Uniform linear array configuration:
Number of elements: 16
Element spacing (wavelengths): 0.75
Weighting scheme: cosine
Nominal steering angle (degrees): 0
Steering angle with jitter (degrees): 0.8503
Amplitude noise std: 0.05
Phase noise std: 0.05

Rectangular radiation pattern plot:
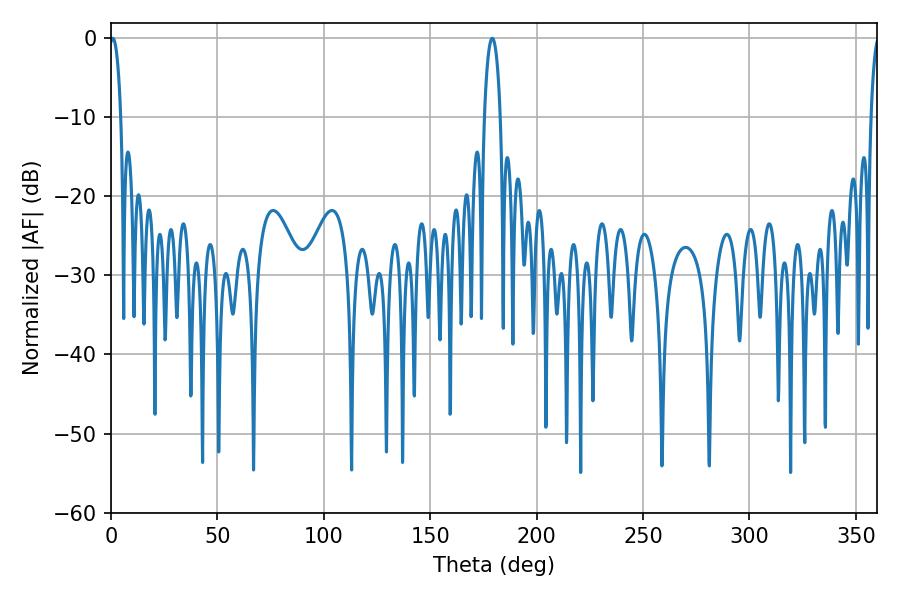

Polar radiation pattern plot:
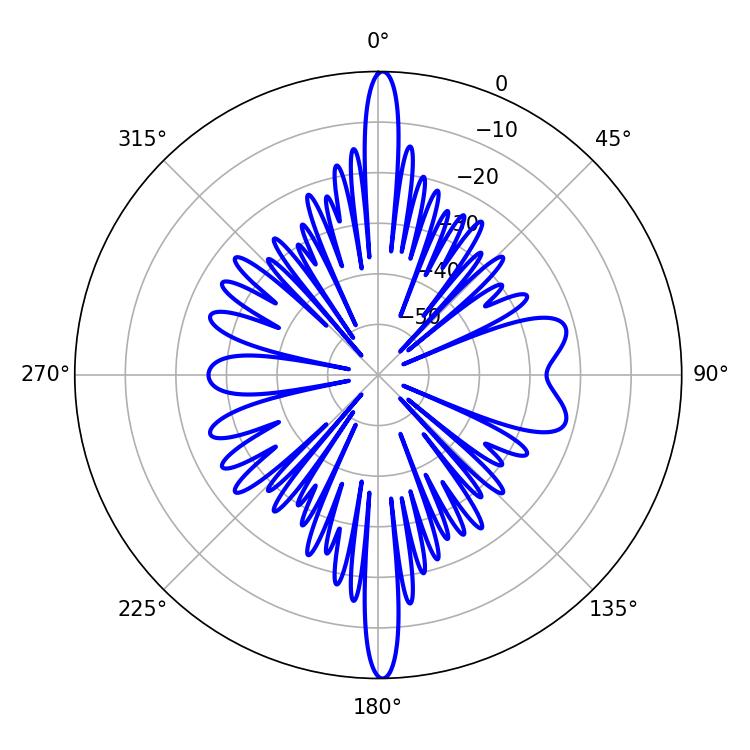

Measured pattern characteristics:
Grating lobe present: TRUE
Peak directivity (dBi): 27.243
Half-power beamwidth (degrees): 2.88
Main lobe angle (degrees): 0.9